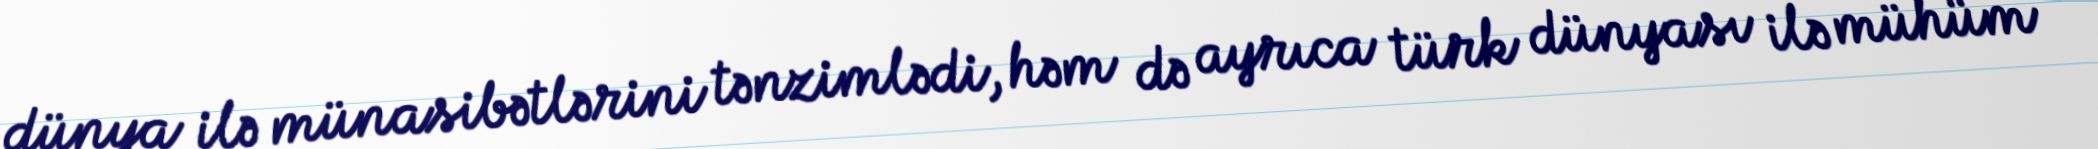
dünya ilə münasibətlərini tənzimlədi, həm də ayrıca türk dünyası ilə mühüm